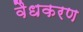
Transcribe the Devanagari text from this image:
वैधकरण